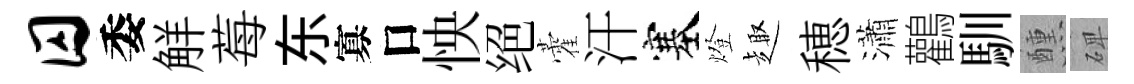
囚委觧莓东寡口怏绝藿汗塞燈趣穂瀟鸛馴醺𥓓